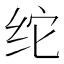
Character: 𰬉